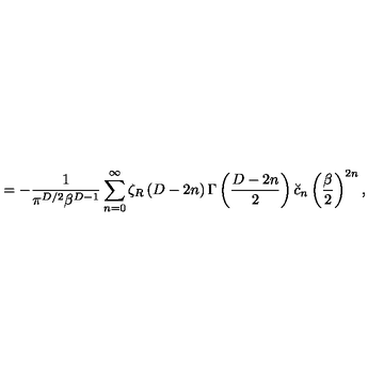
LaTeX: = - { \frac { 1 } { \pi ^ { D / 2 } \beta ^ { D - 1 } } } \sum _ { n = 0 } ^ { \infty } \zeta _ { R } \left( D - 2 n \right) \Gamma \left( { \frac { D - 2 n } { 2 } } \right) \breve { c } _ { n } \left( { \frac { \beta } { 2 } } \right) ^ { 2 n } ,